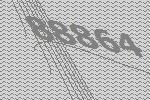
88864